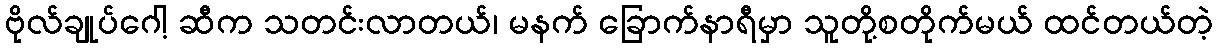
ဗိုလ်ချုပ်ဂေါ့ ဆီက သတင်းလာတယ်၊ မနက် ခြောက်နာရီမှာ သူတို့စတိုက်မယ် ထင်တယ်တဲ့